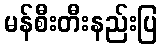
မန်စီးတီးနည်းပြ